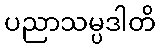
ပညာသမ္ပဒါတိ